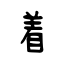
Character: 着